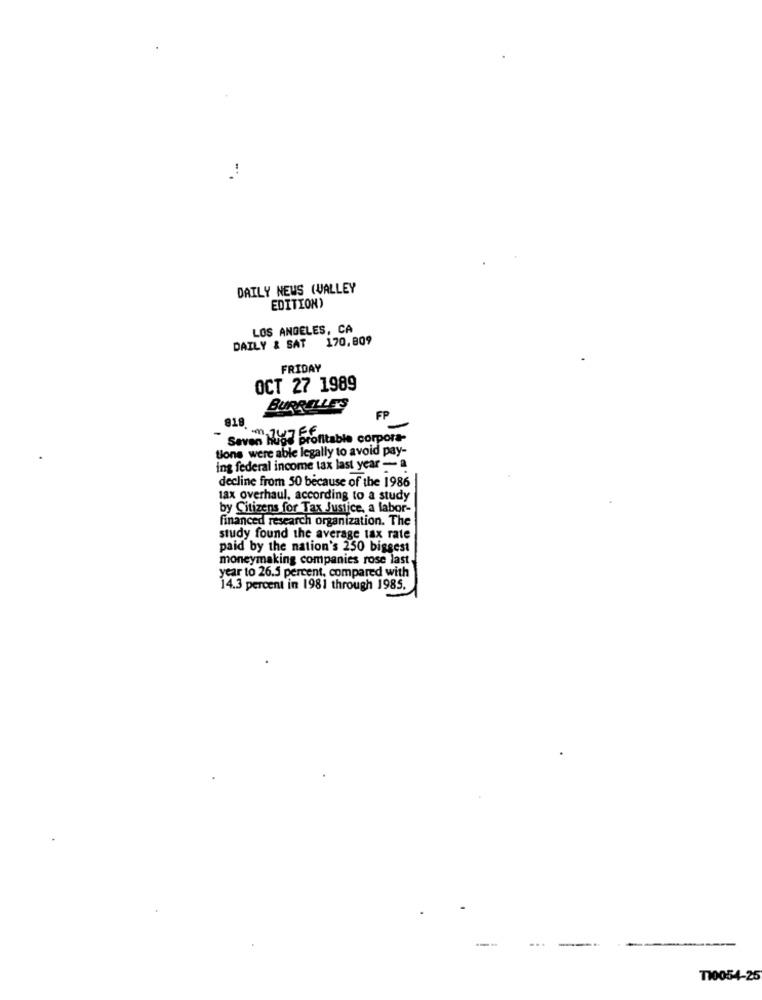
DAILY NEWS (VALLEY
EDITION)
LOS ANGELES, CA
DAILY & SAT 170,809
FRIDAY
OCT 27 1989
BURRELLE'S
FP
818
-
"Saven huge profitable corpora-
m14JEG
tions were able legally to avoid pay-
ing federal income tax last year - a
decline from 50 because of the 1986
tax overhaul, according to a study
by Citizens for Tax Justice, a labor-
financed research organization. The
study found the average tax rate
paid by the nation's 250 biggest
moneymaking companies rose last
year to 26.5 percent, compared with
14.3 percent in 1981 through 1985.
T10054-25